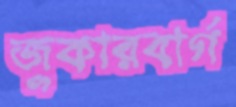
জুকারবার্গ